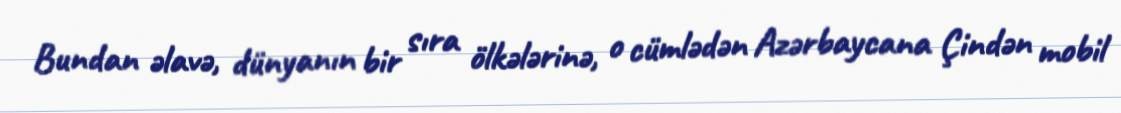
Bundan əlavə, dünyanın bir sıra ölkələrinə, o cümlədən Azərbaycana Çindən mobil